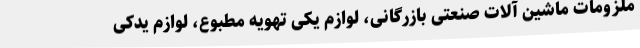
ملزومات ماشین آلات صنعتی بازرگانی، لوازم یکی تهویه مطبوع، لوازم یدکی